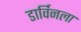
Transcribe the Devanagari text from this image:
डार्विनला